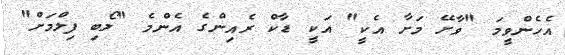
އެހެންވީމަ "ވާށޭ މަށާ އެކީ" އަކީ ޑާކް ރެއިންގެ އެންމެ "ލޯބި ފިލްމަށް"